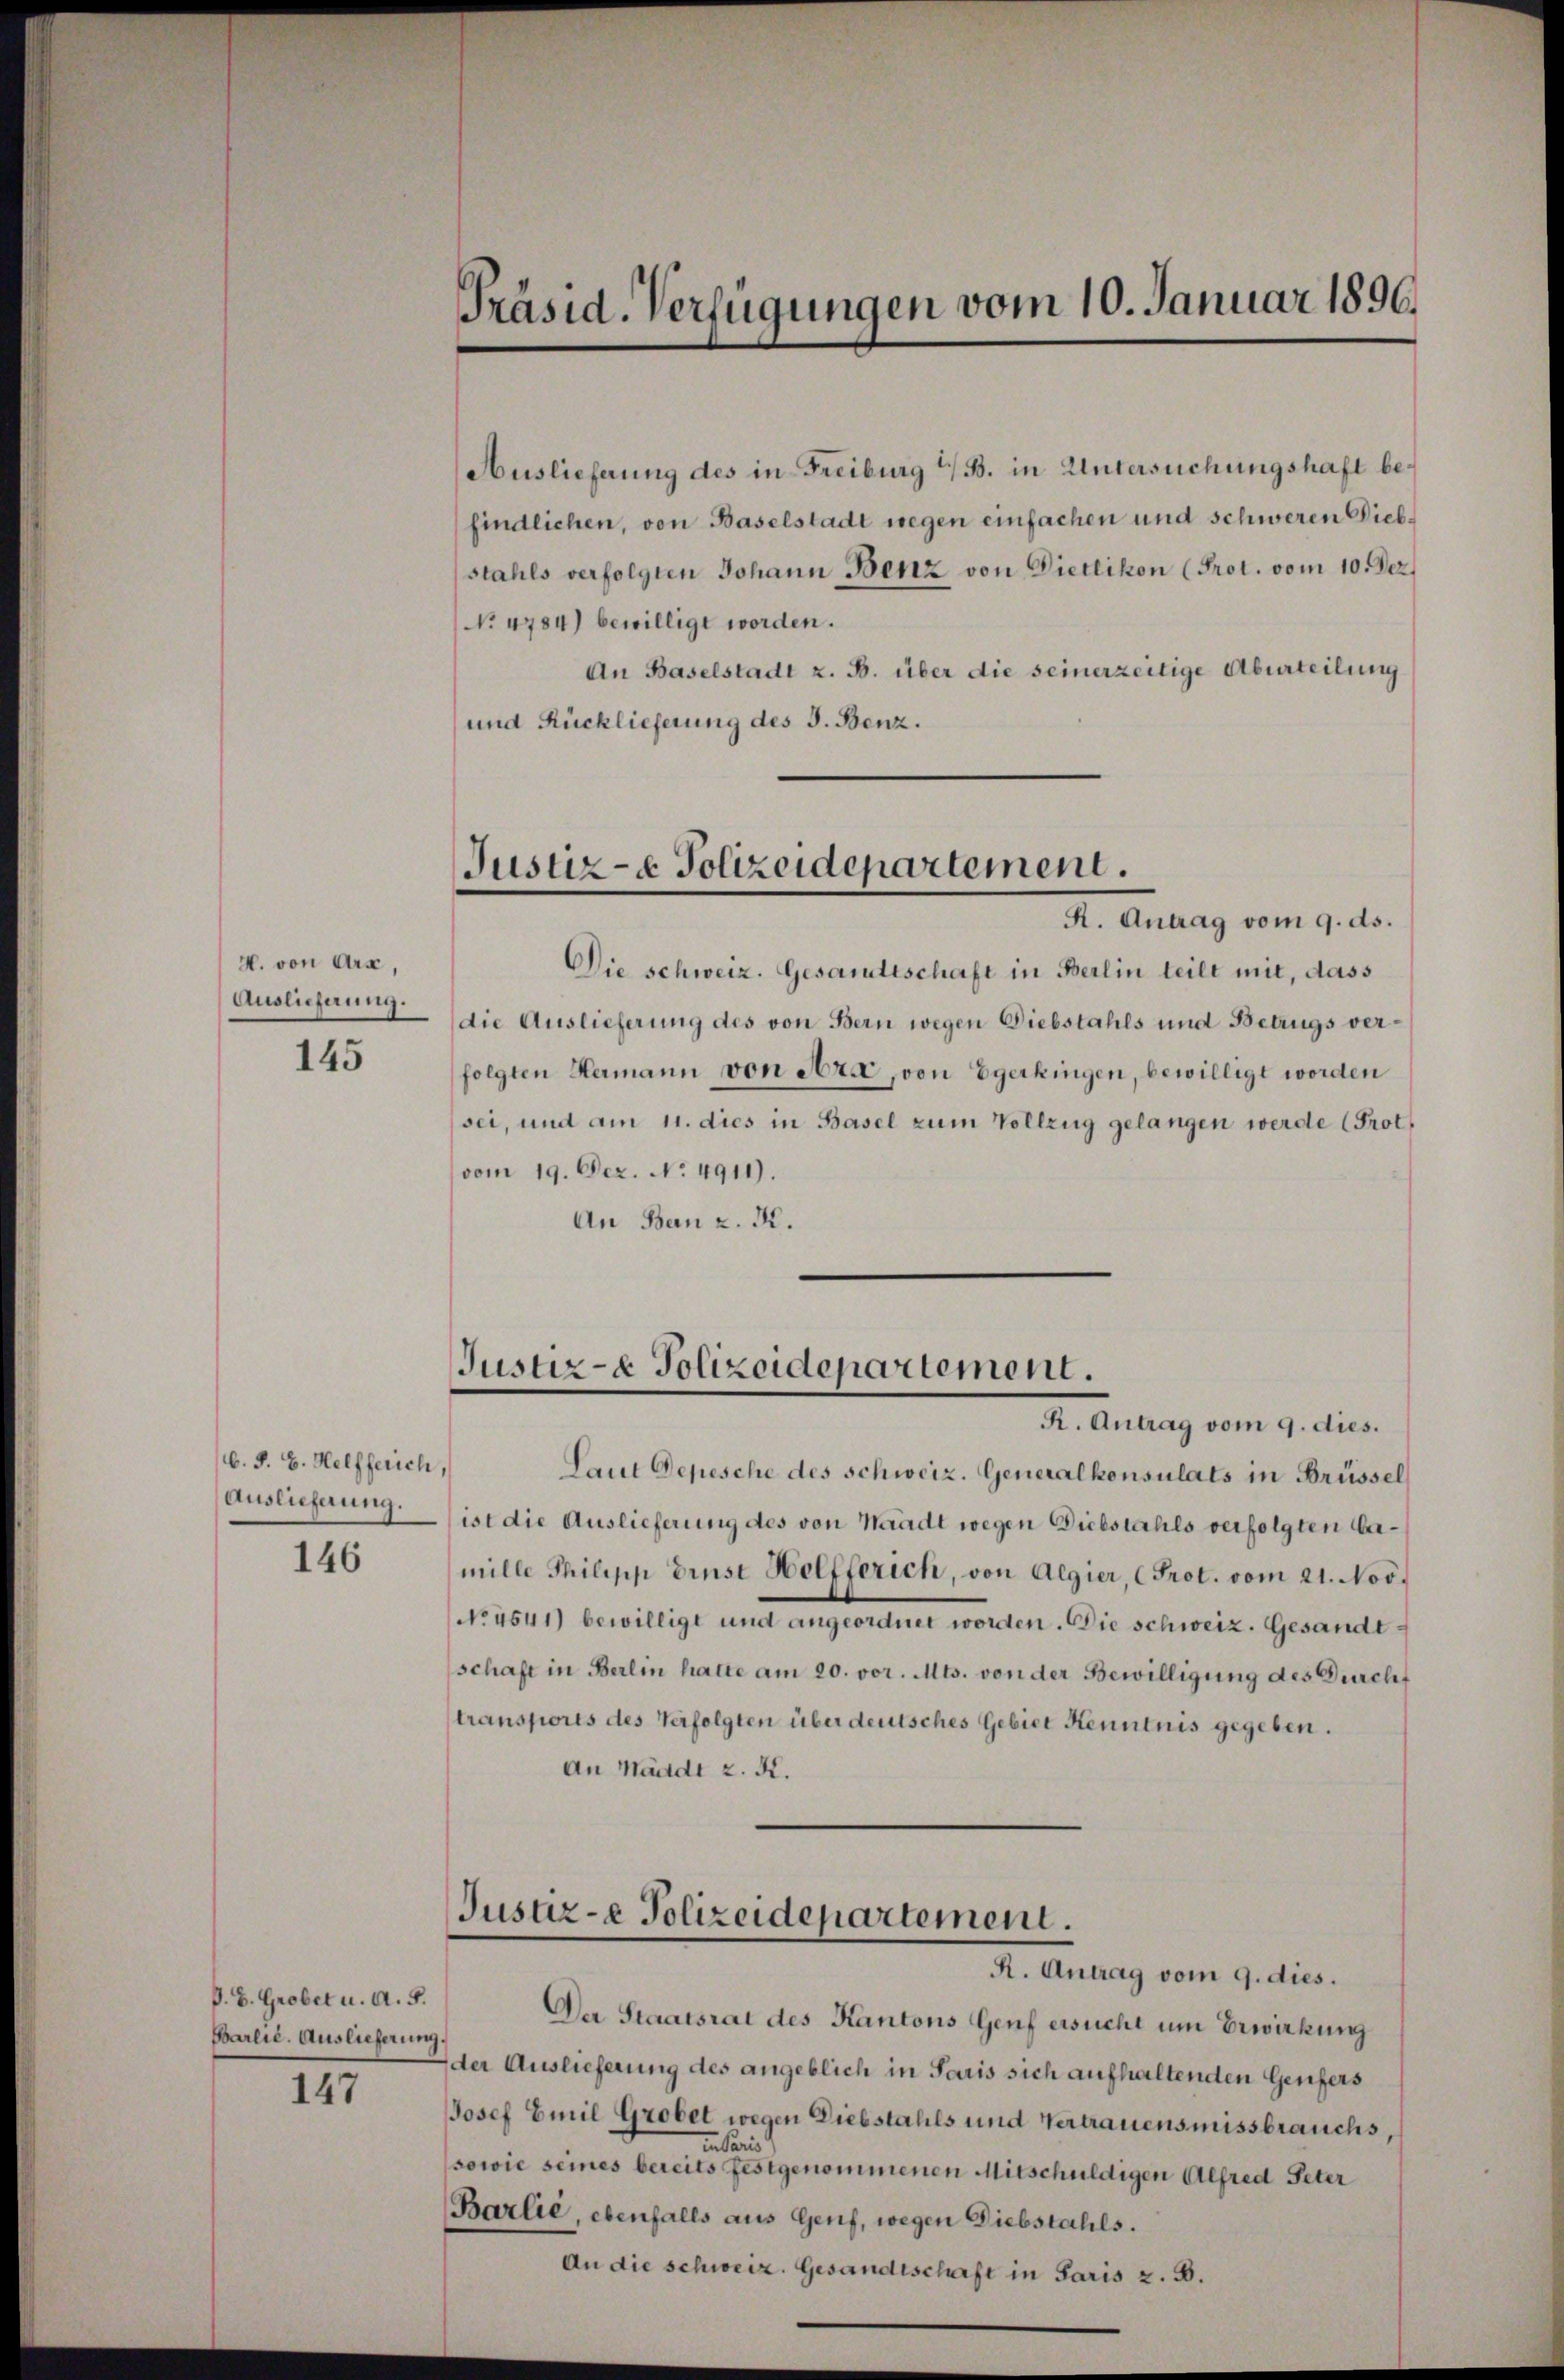
H. von Arx,
Auslieferung.
145

b. J. H. Helfferich,
Auslieferung.

146

P. B. Grobet u. A. 5.
Bareie. Auslieferung

147

Präsid. Verfügungen vom 10. Januar 1896.

Auslieferung des in Freiburg i/B. in Untersuchungshaft befindlichen, von Baselstadt wegen einfachen und schweren Diebstahls verfolgten Johann Benz von Dietlikon (Prot. vom 10. Dez
No. 4784) bewilligt worden.
An Baselstadt z. B. über die seinerzeitige Aburteilung
und Rücklieferung des J. Benz.
Die schweiz. Gesandtschaft in Berlin teilt mit, dass
die Auslieferung des von Bern wegen Diebstahls und Betrugs verfolgten Hermann von Art, von Egerkingen, bewilligt worden
sei, und am 11. dies in Basel zum Vollzug gelangen werde (Prot.
vom 19. Dez. No 4911).
An Ban z. K.
Laut Depesche des schweiz. Generalkonsulats in Brüssel
ist die Auslieferung des von Waadt wegen Diebstahls verfolgten bemille Philipp Ernst Helfferich, von Algier, Prot. vom 21. Nov.
NNo. 4541) bewilligt und angeordnet worden. Die schweiz. Gesande
schaft in Berlin hatte am 20. vor. Mts. von der Bewilligung des Durchf
transports des Verfolgten über deutsches Gebiet Kenntnis gegeben.
An Waadt z. K.
Justiz-e Polizeidepartement.
R. Antrag vom 9. dies.
Der Staatsrat des Kantons Genf ersucht um Erwirkung
der Auslieferung des angeblich in Paris sich aufhaltenden Genfers
Josef Emil Grobet wegen Diebstahls und Vertrauensmissbrauchs,
in Paris
sowie seines bereits festgenommenen Mitschuldigen Alfred Peter
(Barlié, ebenfalls aus Genf, wegen Diebstahls.
An die schweiz. Gesandtschaft in Paris z. B.

Justiz- & Polizeidepartement.
R. Antrag vom 9. ds.

Justiz- & Polizeidepartement.
R. Antrag vom 9. dies.